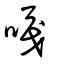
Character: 嘎